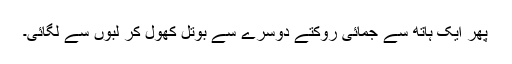
پھر ایک ہاتھ سے جمائی روکتے دوسرے سے بوتل کھول کر لبوں سے لگائی۔